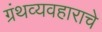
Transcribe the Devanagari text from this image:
ग्रंथव्यवहाराचे